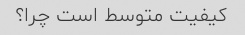
کیفیت متوسط است چرا؟